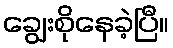
ချွေးစိုနေခဲ့ပြီ။